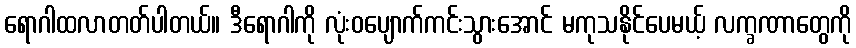
ရောဂါထလာတတ်ပါတယ်။ ဒီရောဂါကို လုံးဝပျောက်ကင်းသွားအောင် မကုသနိုင်ပေမယ့် လက္ခဏာတွေကို